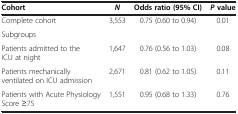
| Cohort | N | Odds ratio (95% CI) | P value |
 | --- | --- | --- | --- |
 | Complete cohort | 3,553 | 0.75 (0.60 to 0.94) | 0.01 |
 | Subgroups |  |  |  |
 | Patients admitted to the ICU at night | 1,647 | 0.76 (0.56 to 1.03) | 0.08 |
 | Patients mechanically ventilated on ICU admission | 2,671 | 0.81 (0.62 to 1.05) | 0.11 |
 | Patients with Acute Physiology Score ≥75 | 1,551 | 0.95 (0.68 to 1.33) | 0.76 |